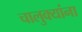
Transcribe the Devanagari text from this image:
चालुक्यांना